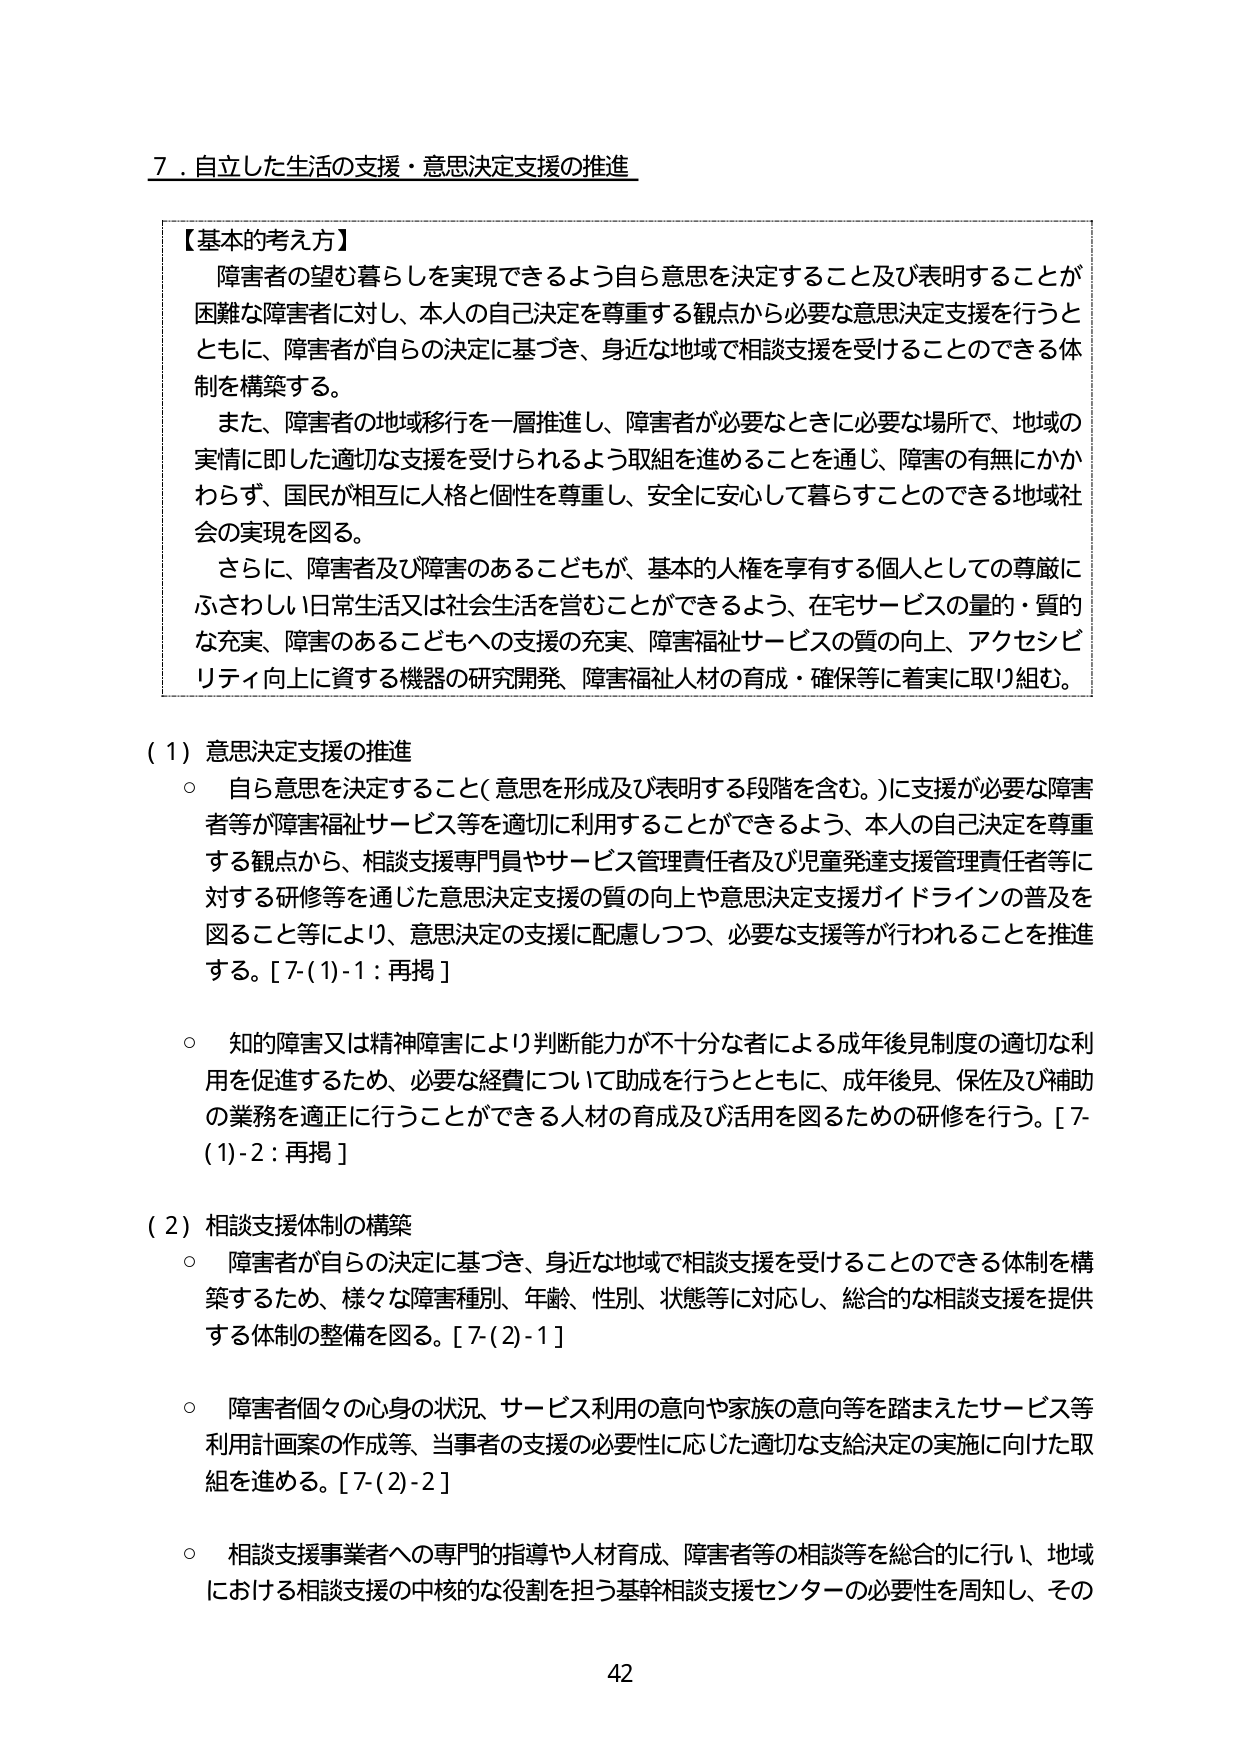
7．自立した生活の支援・意思決定支援の推進

【基本的考え方】
障害者の望む暮らしを実現できるよう自ら意思を決定すること及び表明することが困難な障害者に対し、本人の自己決定を尊重する観点から必要な意思決定支援を行うとともに、障害者が自らの決定に基づき、身近な地域で相談支援を受けることのできる体制を構築する。
また、障害者の地域移行を一層推進し、障害者が必要なときに必要な場所で、地域の実情に即した適切な支援を受けられるよう取組を進めることを通じ、障害の有無にかかわらず、国民が相互に人格と個性を尊重し、安全に安心して暮らすことのできる地域社会の実現を図る。
さらに、障害者及び障害のあるこどもが、基本的人権を享有する個人としての尊厳にふさわしい日常生活又は社会生活を営むことができるよう、在宅サービスの量的・質的な充実、障害のあるこどもへの支援の充実、障害福祉サービスの質の向上、アクセシビリティ向上に資する機器の研究開発、障害福祉人材の育成・確保等に着実に取り組む。

（1）意思決定支援の推進
○ 自ら意思を決定すること（意思を形成及び表明する段階を含む。）に支援が必要な障害者等が障害福祉サービス等を適切に利用することができるよう、本人の自己決定を尊重する観点から、相談支援専門員やサービス管理責任者及び児童発達支援管理責任者等に対する研修等を通じた意思決定支援の質の向上や意思決定支援ガイドラインの普及を図ること等により、意思決定の支援に配慮しつつ、必要な支援等が行われることを推進する。[7-(1)-1：再掲]
○ 知的障害又は精神障害により判断能力が不十分な者による成年後見制度の適切な利用を促進するため、必要な経費について助成を行うとともに、成年後見、保佐及び補助の業務を適正に行うことができる人材の育成及び活用を図るための研修を行う。[7-(1)-2：再掲]

（2）相談支援体制の構築
○ 障害者が自らの決定に基づき、身近な地域で相談支援を受けることのできる体制を構築するため、様々な障害種別、年齢、性別、状態等に対応し、総合的な相談支援を提供する体制の整備を図る。[7-(2)-1]
○ 障害者個々の心身の状況、サービス利用の意向や家族の意向等を踏まえたサービス等利用計画案の作成等、当事者の支援の必要性に応じた適切な支給決定の実施に向けた取組を進める。[7-(2)-2]
○ 相談支援事業者への専門的指導や人材育成、障害者等の相談等を総合的に行い、地域における相談支援の中核的な役割を担う基幹相談支援センターの必要性を周知し、その

42